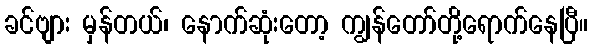
ခင်ဗျား မှန်တယ်၊ နောက်ဆုံးတော့ ကျွန်တော်တို့ရောက်နေပြီ။